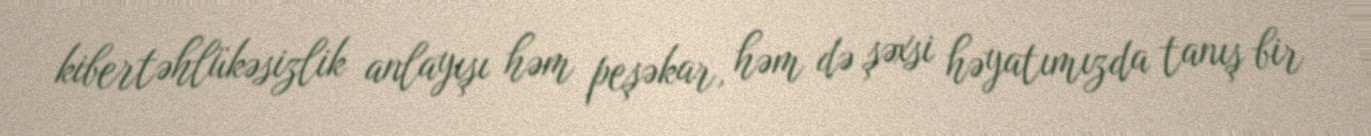
kibertəhlükəsizlik anlayışı həm peşəkar, həm də şəxsi həyatımızda tanış bir